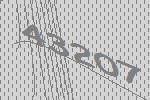
43207